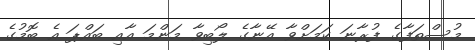
މުސްތަފާގެ ފުރާނަ ކަމަށްވާ އޭނާގެ ލޯބިވާ މަންމަ އާއި ބައްޕަ އެ ބޮމުގެ